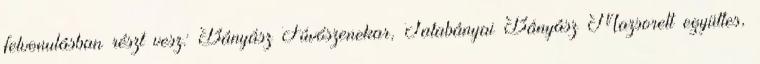
felvonulásban részt vesz: Bányász Fúvószenekar, Tatabányai Bányász Mazsorett együttes,